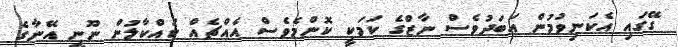
ގޭގައި އެކަނިވުމުން އަބަދުވެސް ނާޒްގެ ކަމަކީ ކޮންމެވެސް އެއްޗެއް ކައްކާލުން ނޫނީ އޭނާގެ